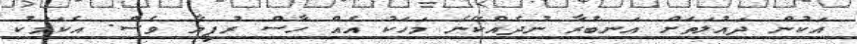
އަކުން ދައުލަތަށް އަނބުރާ ނުދެެއްކޭނެ މަހަކު އެއް ހާސް ރުފިޔާ ވެސް. އެކަމަކު